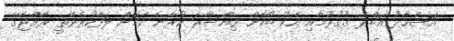
އަޝްހާދު އަބްދު ގުގުރުމާއި އެކު ބޯކޮށް ވިއްސާރަ ކުރާނެ ކަމަށް ލަފާކުރެވޭތީ ރާއްޖޭގެ